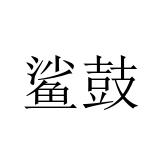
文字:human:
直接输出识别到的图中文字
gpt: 鲨鼓